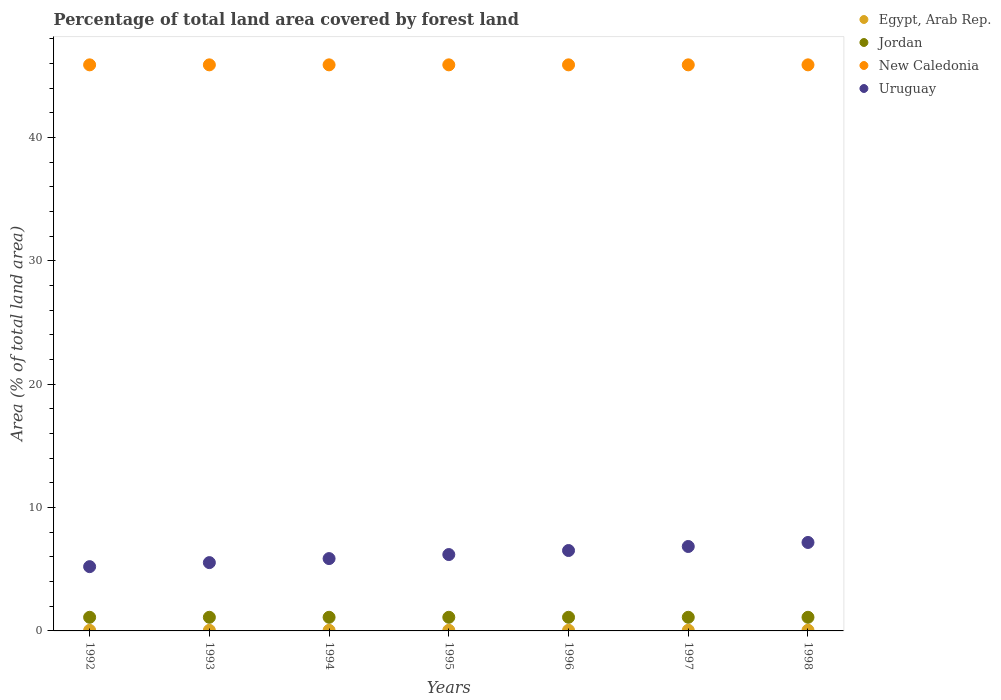
| Years | Egypt, Arab Rep. | Jordan | New Caledonia | Uruguay |
 | --- | --- | --- | --- | --- |
 | 1992 | 0.0472 | 1.1 | 45.9 | 5.21 |
 | 1993 | 0.0487 | 1.1 | 45.9 | 5.54 |
 | 1994 | 0.0502 | 1.1 | 45.9 | 5.87 |
 | 1995 | 0.0517 | 1.1 | 45.9 | 6.19 |
 | 1996 | 0.0532 | 1.1 | 45.9 | 6.52 |
 | 1997 | 0.0547 | 1.1 | 45.9 | 6.85 |
 | 1998 | 0.0563 | 1.1 | 45.9 | 7.17 |